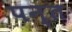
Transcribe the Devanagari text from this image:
पन्‍त